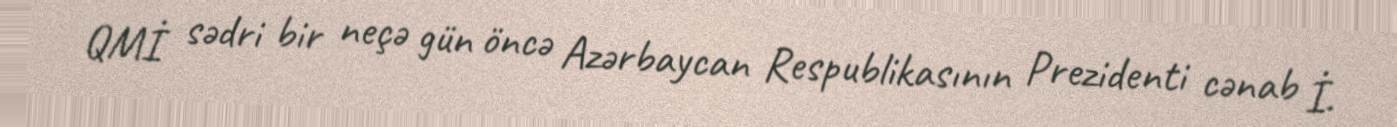
QMİ sədri bir neçə gün öncə Azərbaycan Respublikasının Prezidenti cənab İ.